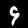
Label: 9